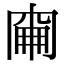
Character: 𠕢